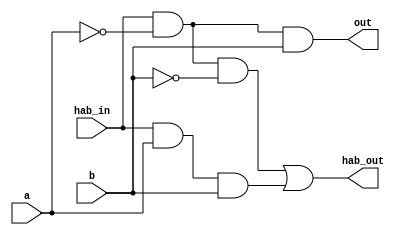
module a_menor_b (hab_in, a, b, out, hab_out);
	input hab_in, a, b;
	output out, hab_out;
	assign out = hab_in & ~a & b;
	assign hab_out = (hab_in & ~a & ~b) | (hab_in & a & b);
endmodule